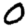
Digit: 0